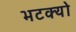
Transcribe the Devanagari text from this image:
भटक्‍यो